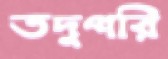
তদুপরি